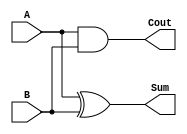
module HalfAdder(A,B,Sum,Cout);
input A,B;
output Sum,Cout;
xor DUT1(Sum,A,B);
and DUT2(Cout,A,B);
//assign Sum=A^B;
//assign Cout=A&B;
endmodule